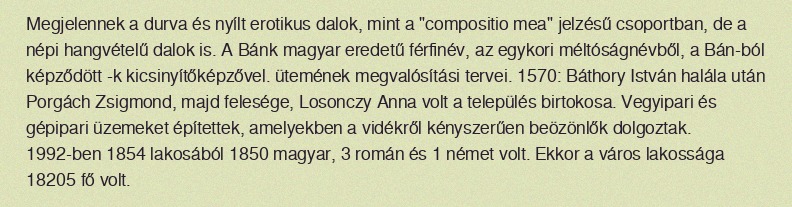
Megjelennek a durva és nyílt erotikus dalok, mint a "compositio mea" jelzésű csoportban, de a népi hangvételű dalok is. A Bánk magyar eredetű férfinév, az egykori méltóságnévből, a Bán-ból képződött -k kicsinyítőképzővel. ütemének megvalósítási tervei. 1570: Báthory István halála után Porgách Zsigmond, majd felesége, Losonczy Anna volt a település birtokosa. Vegyipari és gépipari üzemeket építettek, amelyekben a vidékről kényszerűen beözönlők dolgoztak. 1992-ben 1854 lakosából 1850 magyar, 3 román és 1 német volt. Ekkor a város lakossága 18205 fő volt.